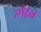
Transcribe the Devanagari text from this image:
स्पैंड्रल